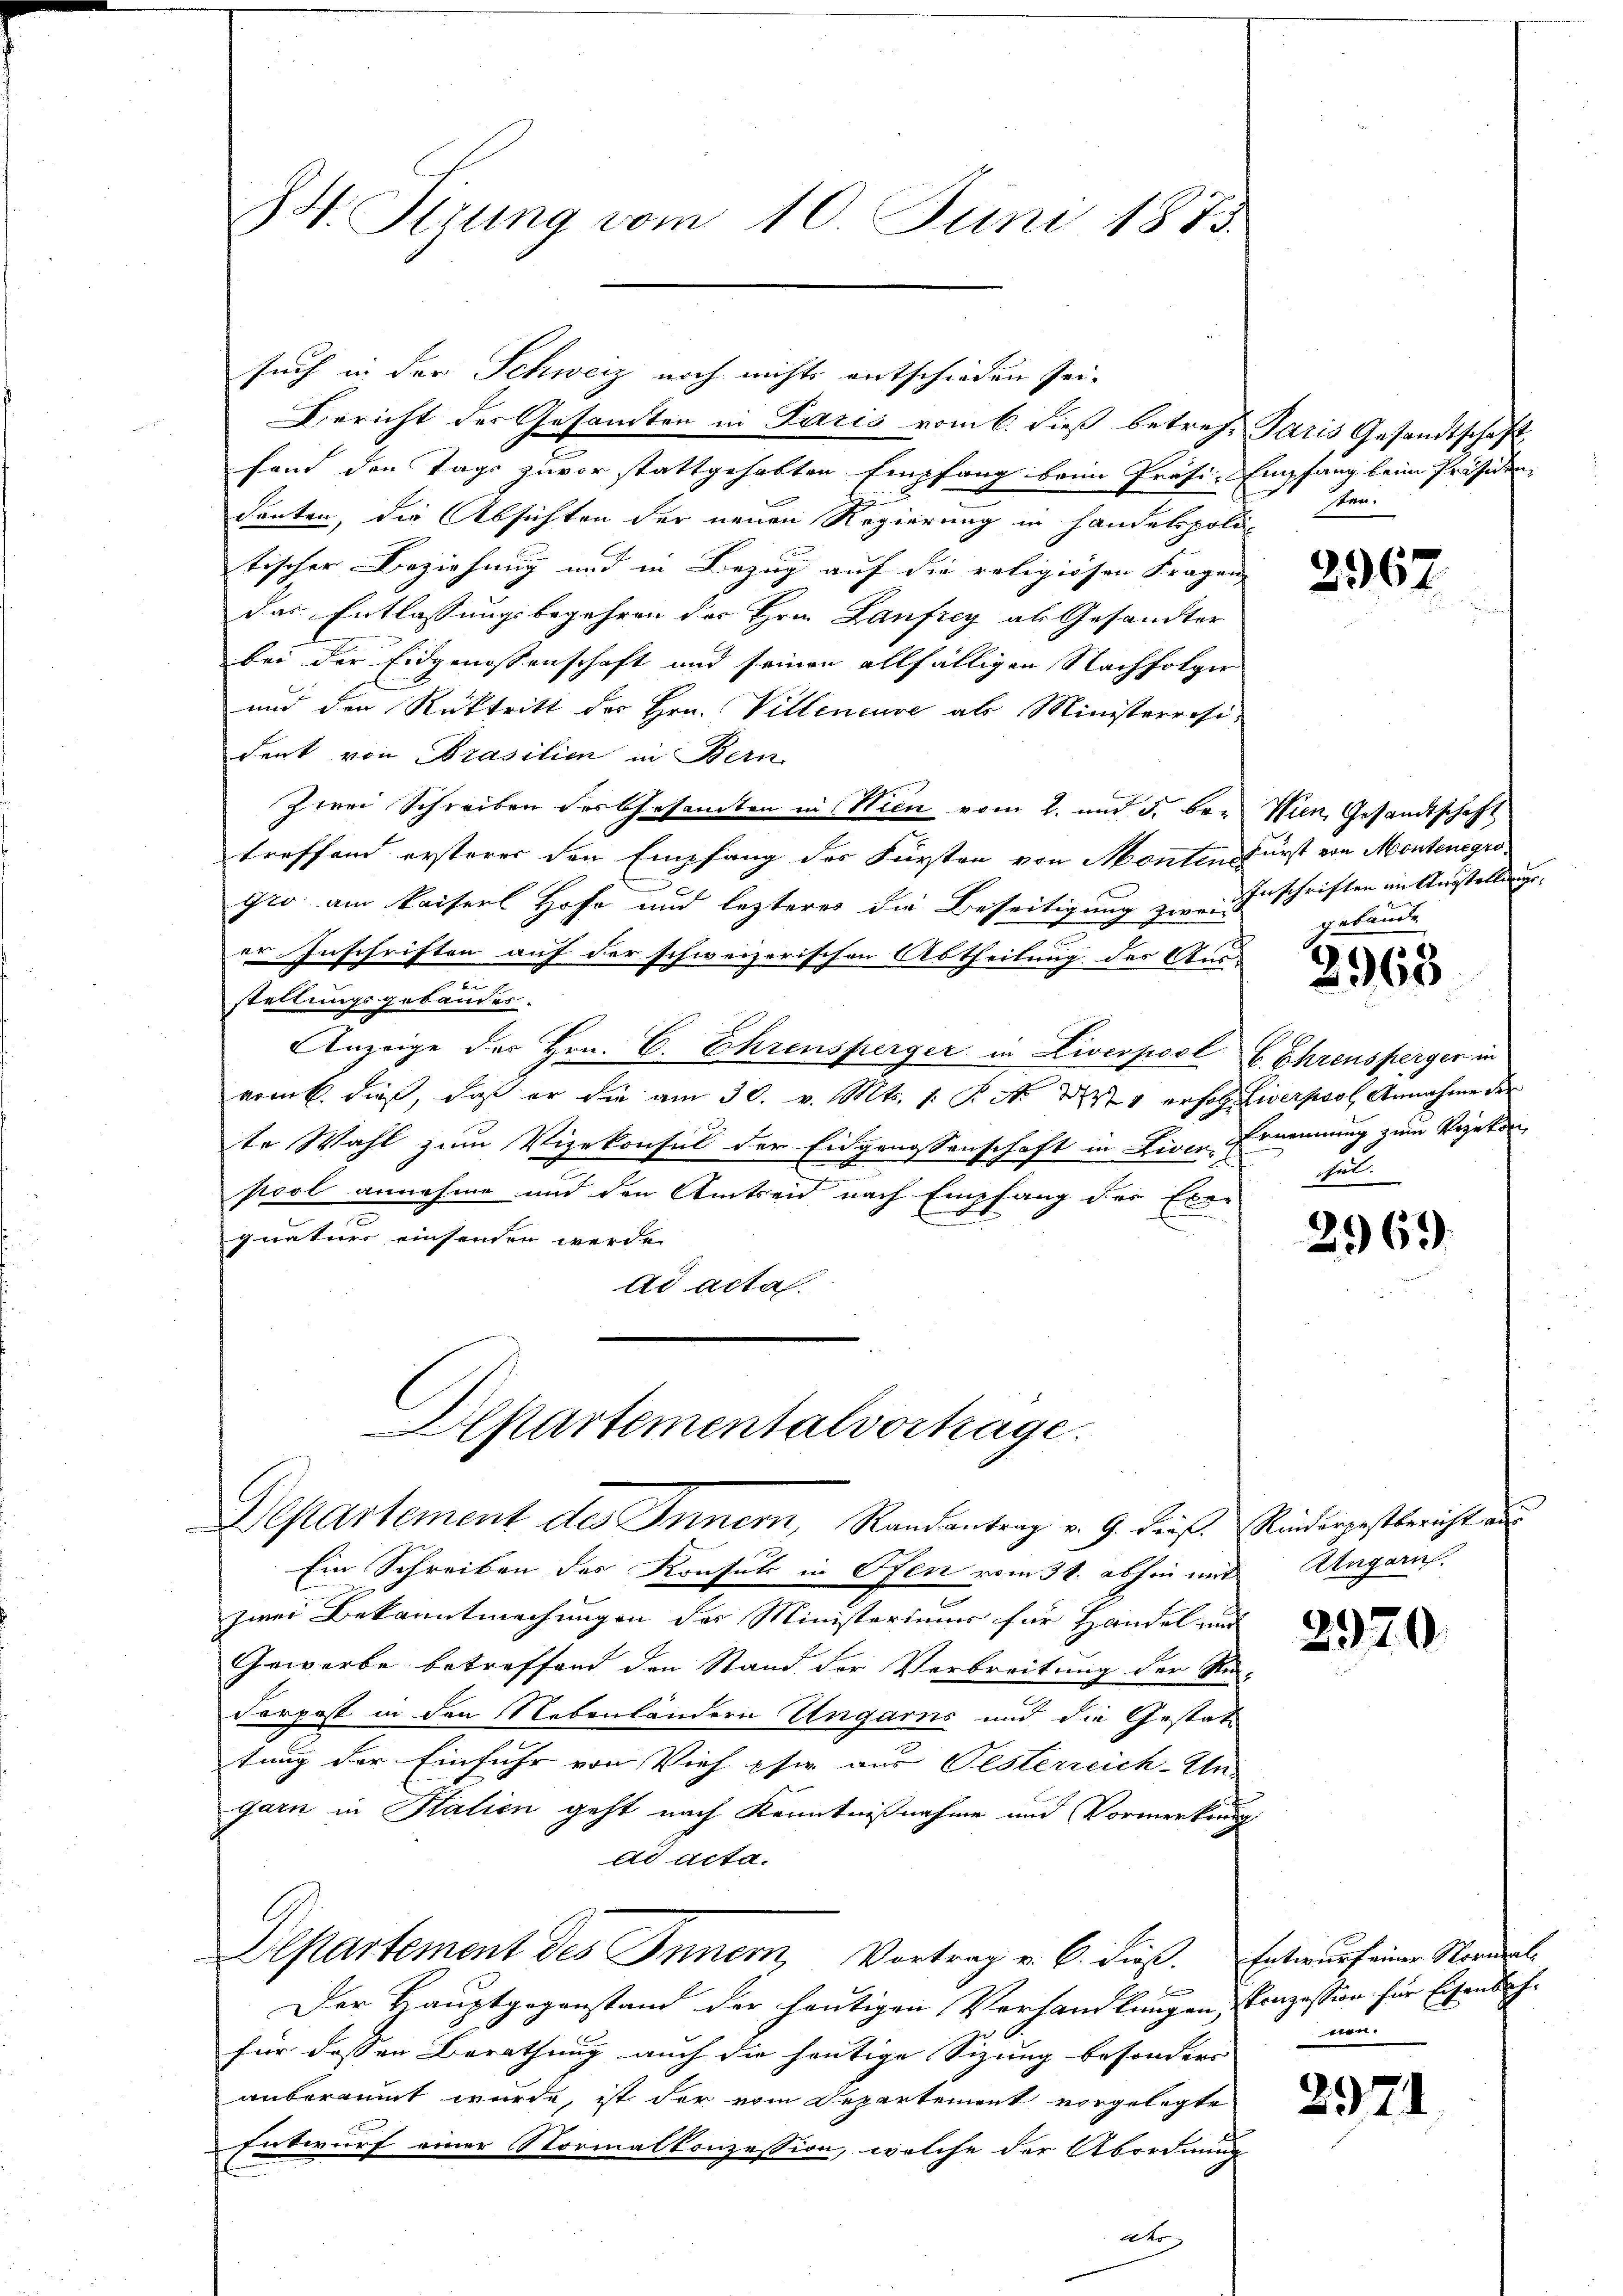
24. Sizung vom 10. Juni 1873.

fand den Tage zuvor stattgehabten Empfang beim Präsi-Empfang beim Präsiden
denten, die Absichten der neuen Regierung in Handelspoli-
tischer Beziehung und in Bezug auf die religiösen Fragen |
das Entlassungsbegehren der Hrn. Lanfrey als Gesandter
bei der Eidgenossenschaft und seinen allfälligen Nachfolger
und den Rücktritt der Hrn. Villeneuve als Ministerrosident von Prasilien in Bern
Zwei Schreiben der Gesamten in Wien vom 2. und 5. bei Wien, Gesandtschaft
treffend ersterer den Empfang des Fürsten von Monten Fürst von Montenegrogro am Kaiserl Hofe und lezteres die Beseitigung zwei Anschriften in Anstellungs-
er Inschriften auf der schweizerischen Abtheilung des Aus-
.
stellungsgebäudes.
Anzeige des Hrn. C. Ehrensperger in Liverpool C. Ehrenspergen in
vom 6. dieß, daß er die am 30. v. Mts. 1. P. N. 271 erhob Liverpool Annahme der
te Wahl zum Vizekonsul der Eidgenossenschaft in Liven Ernennung zum Vegetan
pool annahme und den Amtseid nach Empfang der Eben
quature einsenden werde.
ad acta.

such in der Schweiz noch nichts entschieden sei¬
Bericht der Gesamten in Paris vom 6. dieß betref Paris Gesandtschaft,

Departementalvortrage.
Departement des Inner, Randantrag v. 9. Beist. Rindergestbericht an

Ein Schreiben des Konsuls in Ofen vom 31. abhin mit Ungaris.
zwei Bekanntmachungen der Ministeriums für Handel und
Gewerbe betreffend den Stand der Verbreitung der Su-
Ferpost in den Nebenländern Ungarns und die Gestattung der Einfuhr von Vieh phie aus Oesterreich-Un-
garn in Statien geht nach Kenntnißnahme und Vormerkung
dd Acta.
Departement des Innern, Vortrag v. 6. dieß. Entwurf einer Normale
Der Hauptgegenstand der heutigen Verhandlungen, Prozession für Eisenbachfür dessen Berathung auch die heutige Sizung besondere
anberaumt wurde, ist der vom Departement vorgelegte
Entwurf einer Normalkonzession, welche der Abordnung
dto

sten.

2967

gebäude

2968

het.

2969

2970

ven.

2971